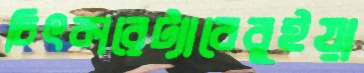
চিৎকারেট্যাবেবুইয়া